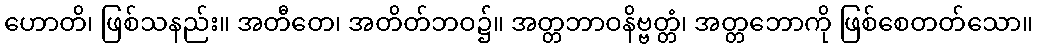
ဟောတိ၊ ဖြစ်သနည်း။ အတီတေ၊ အတိတ်ဘဝ၌။ အတ္တဘာဝနိဗ္ဗတ္တံ၊ အတ္တဘောကို ဖြစ်စေတတ်သော။